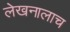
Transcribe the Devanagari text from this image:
लेखनालाच